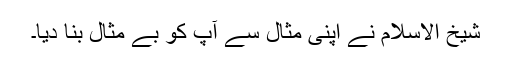
شیخ الاسلام نے اپنی مثال سے آپ کو بے مثال بنا دیا۔